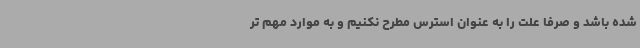
شده باشد و صرفا علت را به عنوان استرس مطرح نکنیم و به موارد مهم تر